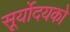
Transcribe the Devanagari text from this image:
सूर्योदयको